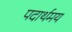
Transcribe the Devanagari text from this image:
पदार्थमय